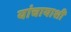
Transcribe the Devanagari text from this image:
यांचायाशी